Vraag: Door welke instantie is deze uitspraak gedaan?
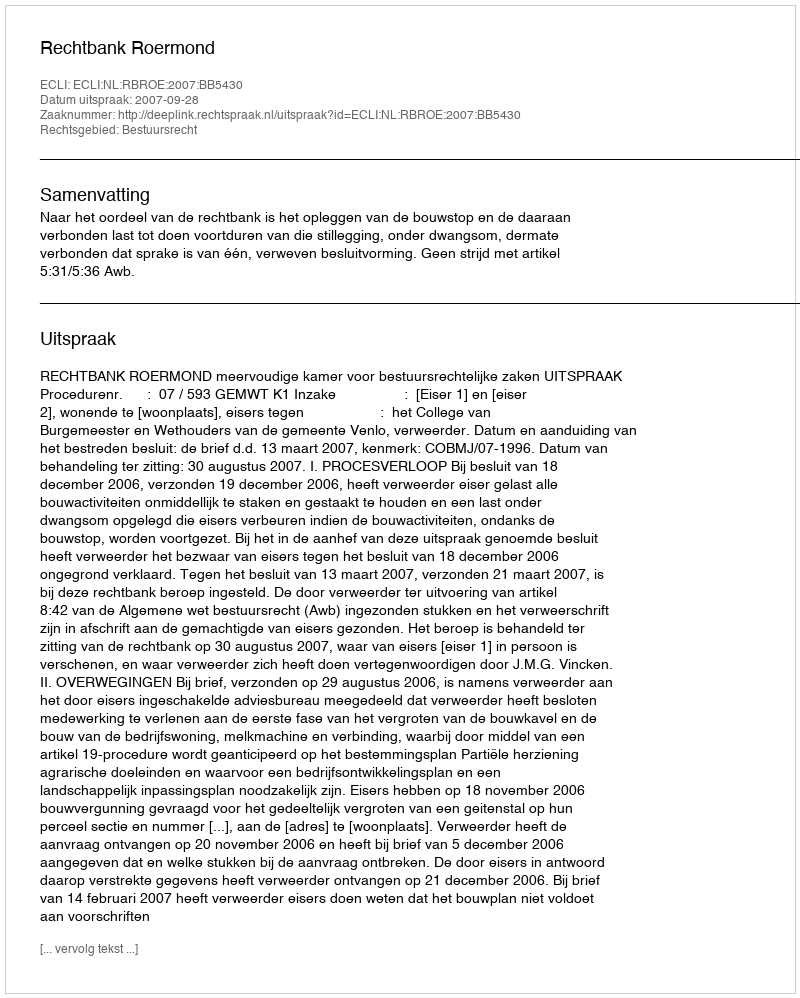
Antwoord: Rechtbank Roermond